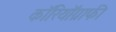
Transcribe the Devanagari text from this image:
कॉरियॉग्राफी